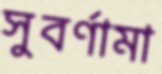
সুবর্ণামা